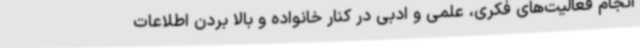
انجام فعالیت‌های فکری، علمی و ادبی در کنار خانواده و بالا بردن اطلاعات